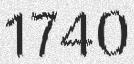
1740